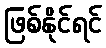
ဖြစ်နိုင်ရင်